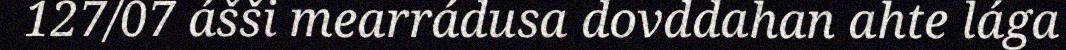
127/07 ášši mearrádusa dovddahan ahte lága